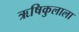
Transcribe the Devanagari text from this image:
ऋषिकुलाला